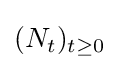
(N_{t})_{t\geq 0}